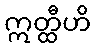
ဣတ္ထီဟိ